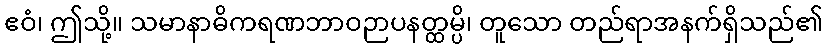
ဧဝံ၊ ဤသို့။ သမာနာဓိကရဏဘာဝဉာပနတ္ထမ္ပိ၊ တူသော တည်ရာအနက်ရှိသည်၏